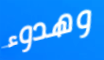
وهدوء